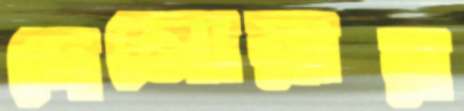
দেলোয়ার